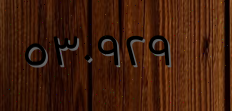
٥٣٠٩٢٩